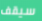
سيقف